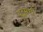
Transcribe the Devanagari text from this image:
युद्धसंधी